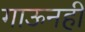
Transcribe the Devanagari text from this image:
गाऊनही